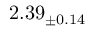
2 . 3 9 _ { \pm 0 . 1 4 }